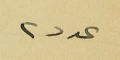
عدد ٢